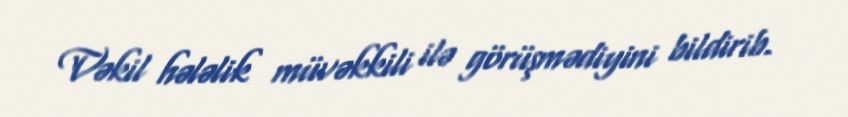
Vəkil hələlik müvəkkili ilə görüşmədiyini bildirib.